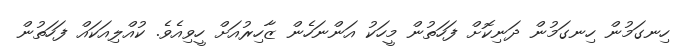
ހިނގަމުން ހިނގަމުން ދަނިކޮށް ފަހަތުން މީހަކު އަންނަހެން ޒާހިރުއަށް ހީވިއެވެ. ކުއްލިއަކައް ފަހަތުން